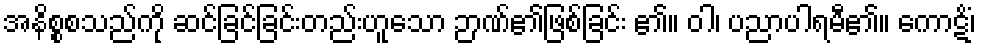
အနိစ္စစသည်ကို ဆင်ခြင်ခြင်းတည်းဟူသော ဉာဏ်၏ဖြစ်ခြင်း ၏။ ဝါ၊ ပညာပါရမီ၏။ ကောဋိံ၊